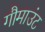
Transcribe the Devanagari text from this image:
गौमाउंट